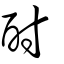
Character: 酎